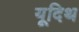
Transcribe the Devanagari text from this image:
यूदिथ